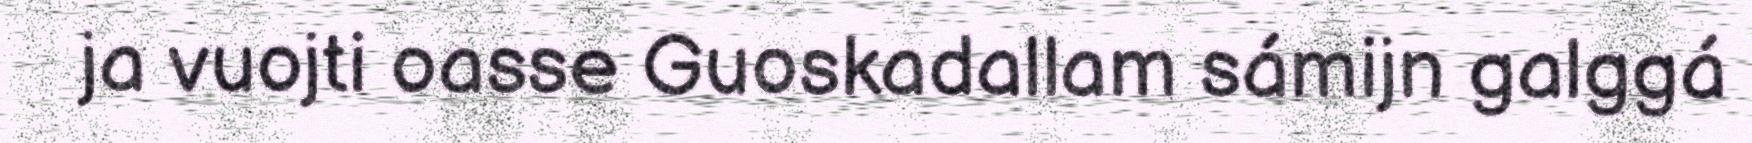
ja vuojti oasse Guoskadallam sámijn galggá